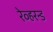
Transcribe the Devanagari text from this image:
रेव्हरन्ड